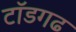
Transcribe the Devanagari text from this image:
टॉडगढ